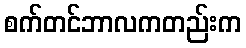
စက်တင်ဘာလကတည်းက